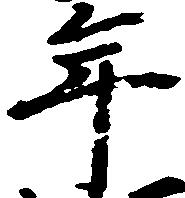
年